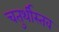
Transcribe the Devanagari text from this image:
चतुर्थीस्तव